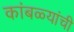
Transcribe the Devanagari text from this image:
कांबळ्यांची